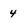
Character: 4